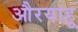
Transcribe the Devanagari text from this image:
औरयाहू